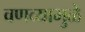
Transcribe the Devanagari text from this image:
वणव्यामुळे